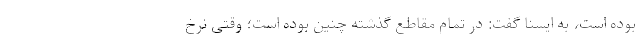
بوده است، به ایسنا گفت: در تمام مقاطع گذشته چنین بوده است؛ وقتی نرخ